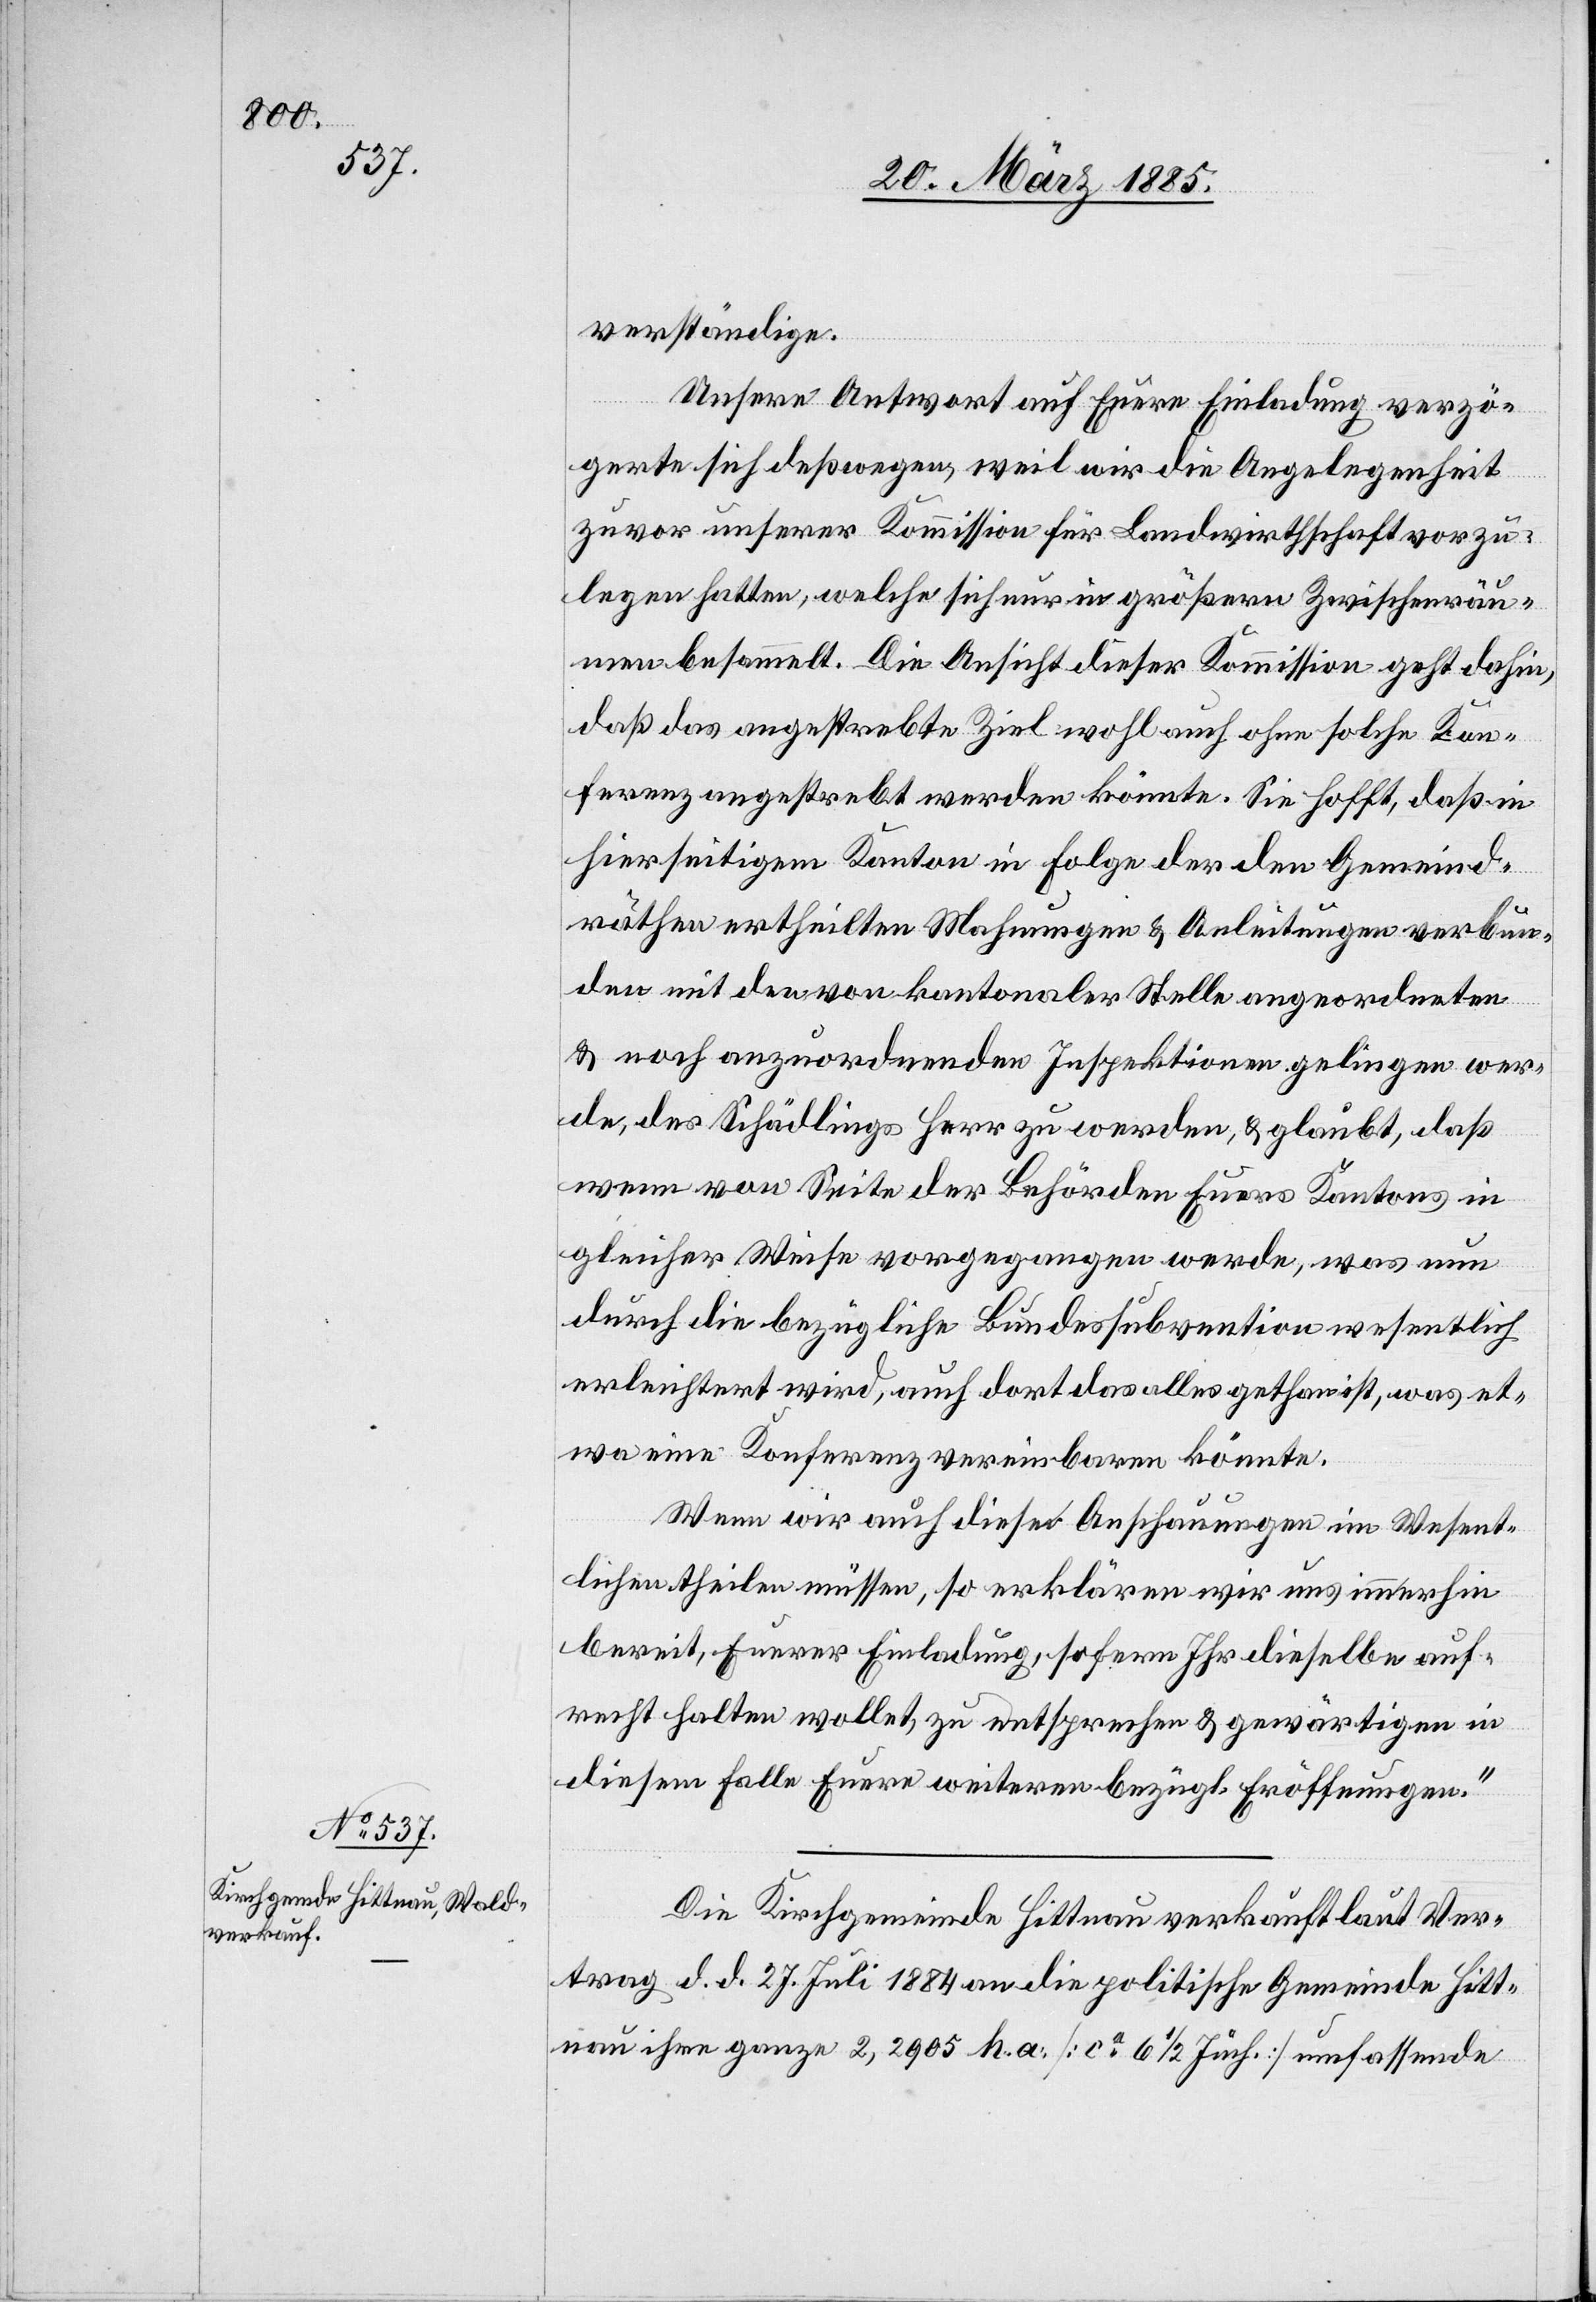
verständige.
Unsere Antwort auf Eure Einladung verzö¬
gerte sich deßwegen, weil wir die Angelegenheit
zuvor unserer Kommission für Landwirthschaft vorzu¬
legen hatten, welche sich nur in größern Zwischenräu¬
men besammelt. Die Ansicht dieser Kommission geht dahin,
daß das angestrebte Ziel wohl auch ohne solche Kon¬
ferenz angestrebt werden könnte. Sie hofft, daß in
hierseitigem Kanton in Folge der den Gemeind¬
räthen ertheilten Mahnungen & Anleitungen verbun¬
den mit den von kantonaler Stelle angeordneten
& noch anzuordnenden Inspektionen gelingen wer¬
de, des Schädlings Herr zu werden, & glaubt, daß
wenn von Seite der Behörden Euers Kantons in
gleicher Weise vorgegangen werde, was nun
durch die bezügliche Bundessubvention wesentlich
erleichtert wird, auch dort das alles gethan ist, was et¬
wa eine Konferenz vereinbaren könnte.
Wenn wir auch diese Anschauungen im Wesent¬
lichen theilen müssen, so erklären wir uns immerhin
bereit, Euerer Einladung, sofern Ihr dieselbe auf¬
recht halten wollet, zu entsprechen & gewärtigen in
diesem Falle Euere weitern bezügl. Eröffnungen.“
Die Kirchgemeinde Hittnau verkauft laut Ver¬
tag d. d. 27. Juli 1884 an die politische Gemeinde Hitt¬
nau ihre ganze 2,2905 ha [ca 6 1/2 Juch.] umfassende